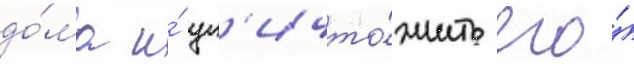
до́ма и́ ун'ичто́жить его́